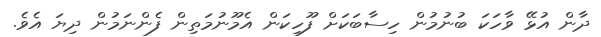
ދާން އުޅޭ ވާހަކަ ބުނުމުން ހިސާބަކަށް ފޫހިކަން އެމޫނުމަތިން ފެންނަމުން ދިޔަ އެވެ.